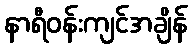
နာရီဝန်းကျင်အချိန်